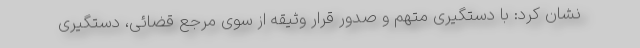
نشان کرد: با دستگیری متهم و صدور قرار وثیقه از سوی مرجع قضائی، دستگیری